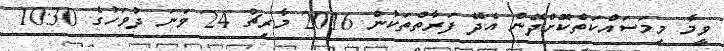
ވީމާ މިމަސައްކަތްކޮށްދޭން އެދޭ ފަރާތްތަކުން 2016 މާރިޗު 24 ވަނަ ދުވަހުގެ 10:30